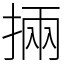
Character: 掚